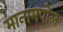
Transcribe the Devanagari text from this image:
मानामपोल